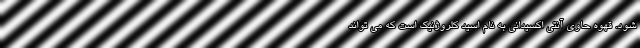
شود. قهوه حاوی آنتی اکسیدانی به نام اسید کلروژنیک است که می تواند